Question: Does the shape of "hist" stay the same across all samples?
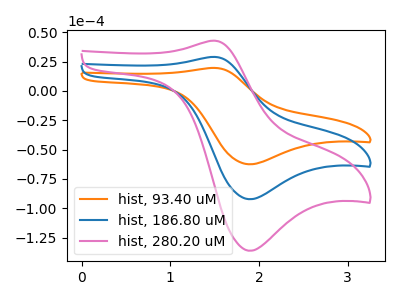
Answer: <think>The orange curve "hist, 93.40 uM" has an anodic peak at (1.50V, 19.70uA) and a cathodic peak at (1.90V, -62.50uA). The blue curve "hist, 186.80 uM" has an anodic peak at (1.50V, 29.05uA) and a cathodic peak at (1.90V, -92.30uA). The pink curve "hist, 280.20 uM" has an anodic peak at (1.50V, 58.10uA) and a cathodic peak at (1.90V, -184.60uA).
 All the peaks in "hist, 93.40 uM" have a peak in "hist, 186.80 uM" at the same potential. Every peak in "hist, 93.40 uM" is lower than every peak in "hist, 186.80 uM". All the peaks in "hist, 93.40 uM" have a peak in "hist, 280.20 uM" at the same potential. Every peak in "hist, 93.40 uM" is lower than every peak in "hist, 280.20 uM". All the peaks in "hist, 186.80 uM" have a peak in "hist, 280.20 uM" at the same potential. Every peak in "hist, 186.80 uM" is lower than every peak in "hist, 280.20 uM".</think>
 <answer>All the CV's of "hist" have similar shape.</answer>
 <eval>follow_rule</eval>